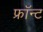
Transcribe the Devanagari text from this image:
फ्रॉन्ट